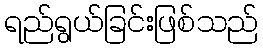
ရည်ရွယ်ခြင်းဖြစ်သည်